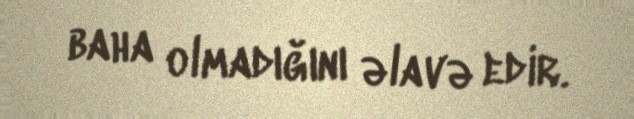
baha olmadığını əlavə edir.